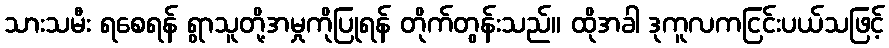
သားသမီး ရစေရန် ရွာသူတို့အမှုကိုပြုရန် တိုက်တွန်းသည်။ ထိုအခါ ဒုကူလကငြင်းပယ်သဖြင့်